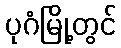
ပုဂံမြို့တွင်